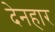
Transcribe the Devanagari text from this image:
देनहार